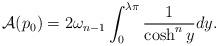
LaTeX: \begin{align*} \mathcal{A}(p_0)=2\omega_{n-1}\int_0^{\lambda\pi}\frac{1}{\cosh^n y}dy.\end{align*}